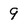
Character: 9